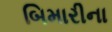
બિમારીના